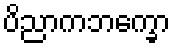
ပိညာကဘက္ခော